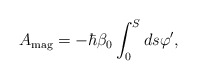
\begin{align*}A_{{\rm mag}}=-\hbar \beta _0\int_0^Sds\varphi ^{\prime },\end{align*}